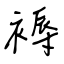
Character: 褥